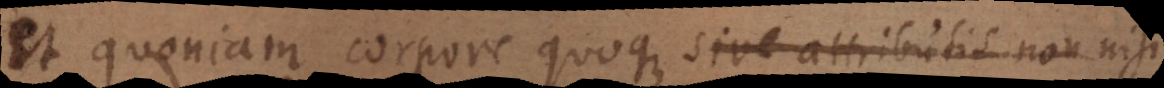
et quoniam corpore quoque sive attributis non nisi